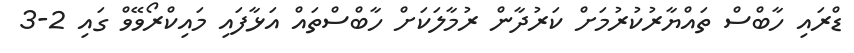
ޑްރައި ހާބްސް ތައްޔާރުކުރުމަށް ކަރުދާން ރުމާލަކަށް ހާބްސްތައް އަޅާފައި މައިކްރޯވޭވް ގައި 2-3